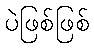
ပဲဖြစ်ဖြစ်